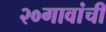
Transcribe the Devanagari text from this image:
२०गावांची